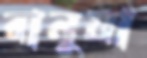
বানুয়া